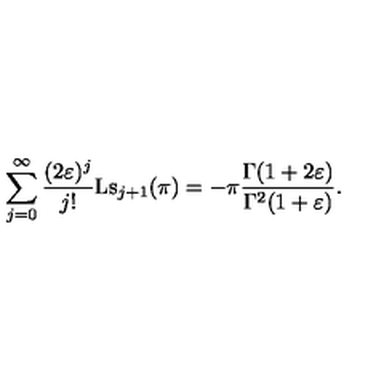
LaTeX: \sum _ { j = 0 } ^ { \infty } \frac { ( 2 \varepsilon ) ^ { j } } { j ! } \mathrm { L s } _ { j + 1 } ( \pi ) = - \pi \frac { \Gamma ( 1 + 2 \varepsilon ) } { \Gamma ^ { 2 } ( 1 + \varepsilon ) } .